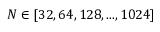
N \in [ 3 2 , 6 4 , 1 2 8 , . . . , 1 0 2 4 ]